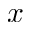
x